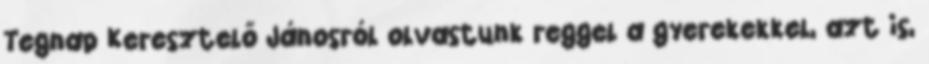
Tegnap Keresztelő Jánosról olvastunk reggel a gyerekekkel, azt is,